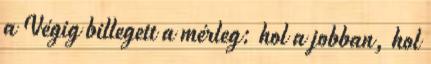
a Végig billegett a mérleg: hol a jobban, hol